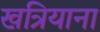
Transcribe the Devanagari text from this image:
खत्रियाना